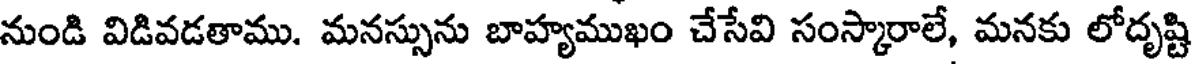
నుండి విడివడతాము. మనస్సును బాహ్యముఖం చేసేవి సంస్కారాలే, మనకు లోదృష్టి